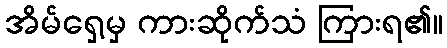
အိမ်ရှေ့မှ ကားဆိုက်သံ ကြားရ၏။